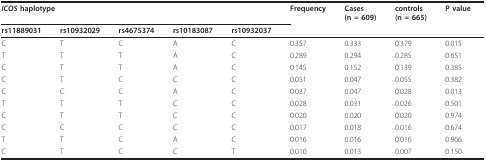
<table><thead><tr><td colspan="5"><b><i>ICOS </i>haplotype</b></td><td><b>Frequency</b></td><td><b>Cases(n = 609)</b></td><td><b>controls(n = 665)</b></td><td><b>P value</b></td></tr><tr><td><b>rs11889031</b></td><td><b>rs10932029</b></td><td><b>rs4675374</b></td><td><b>rs10183087</b></td><td><b>rs10932037</b></td><td></td><td></td><td></td><td></td></tr></thead><tbody><tr><td>C</td><td>T</td><td>C</td><td>A</td><td>C</td><td>0.357</td><td>0.333</td><td>0.379</td><td>0.015</td></tr><tr><td>T</td><td>T</td><td>T</td><td>A</td><td>C</td><td>0.289</td><td>0.294</td><td>0.285</td><td>0.651</td></tr><tr><td>C</td><td>T</td><td>T</td><td>A</td><td>C</td><td>0.145</td><td>0.152</td><td>0.139</td><td>0.385</td></tr><tr><td>C</td><td>T</td><td>C</td><td>C</td><td>C</td><td>0.051</td><td>0.047</td><td>0.055</td><td>0.382</td></tr><tr><td>C</td><td>C</td><td>C</td><td>A</td><td>C</td><td>0.037</td><td>0.047</td><td>0.028</td><td>0.013</td></tr><tr><td>T</td><td>T</td><td>T</td><td>C</td><td>C</td><td>0.028</td><td>0.031</td><td>0.026</td><td>0.501</td></tr><tr><td>C</td><td>T</td><td>T</td><td>C</td><td>C</td><td>0.020</td><td>0.020</td><td>0.020</td><td>0.974</td></tr><tr><td>C</td><td>C</td><td>C</td><td>C</td><td>C</td><td>0.017</td><td>0.018</td><td>0.016</td><td>0.674</td></tr><tr><td>T</td><td>T</td><td>C</td><td>A</td><td>C</td><td>0.016</td><td>0.016</td><td>0.016</td><td>0.966</td></tr><tr><td>C</td><td>T</td><td>C</td><td>C</td><td>T</td><td>0.010</td><td>0.013</td><td>0.007</td><td>0.150</td></tr></tbody></table>